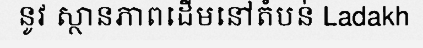
នូវ ស្ថានភាពដើមនៅតំបន់ Ladakh